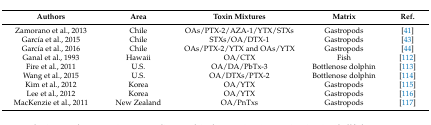
<table><thead><tr><td><b>Authors</b></td><td><b>Area</b></td><td><b>Toxin Mixtures</b></td><td><b>Matrix</b></td><td><b>Ref.</b></td></tr></thead><tbody><tr><td>Zamorano et al., 2013</td><td>Chile</td><td>OAs/PTX-2/AZA-1/YTX/STXs</td><td>Gastropods</td><td>[41]</td></tr><tr><td>García et al., 2015</td><td>Chile</td><td>STXs/OA/DTX-1</td><td>Gastropods</td><td>[43]</td></tr><tr><td>García et al., 2016</td><td>Chile</td><td>OAs/PTX-2/YTX and OAs/YTX</td><td>Gastropods</td><td>[44]</td></tr><tr><td>Ganal et al., 1993</td><td>Hawaii</td><td>OA/CTX </td><td>Fish</td><td>[112]</td></tr><tr><td>Fire et al., 2011</td><td>U.S.</td><td>OA/DA/PbTx-3 </td><td>Bottlenose dolphin</td><td>[113]</td></tr><tr><td>Wang et al., 2015</td><td>U.S.</td><td>OA/DTXs/PTX-2</td><td>Bottlenose dolphin</td><td>[114]</td></tr><tr><td>Kim et al., 2012</td><td>Korea</td><td>OA/YTX</td><td>Gastropods</td><td>[115]</td></tr><tr><td>Lee et al., 2012</td><td>Korea</td><td>OA/YTX</td><td>Gastropods</td><td>[116]</td></tr><tr><td>MacKenzie et al., 2011</td><td>New Zealand</td><td>OA/PnTxs</td><td>Gastropods</td><td>[117]</td></tr></tbody></table>